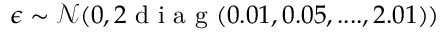
\epsilon \sim \mathcal { N } ( 0 , 2 \mathrm { ~ d ~ i ~ a ~ g ~ } ( 0 . 0 1 , 0 . 0 5 , . . . . , 2 . 0 1 ) )